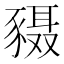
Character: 𬥄